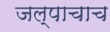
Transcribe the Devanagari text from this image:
जल्पाचाच